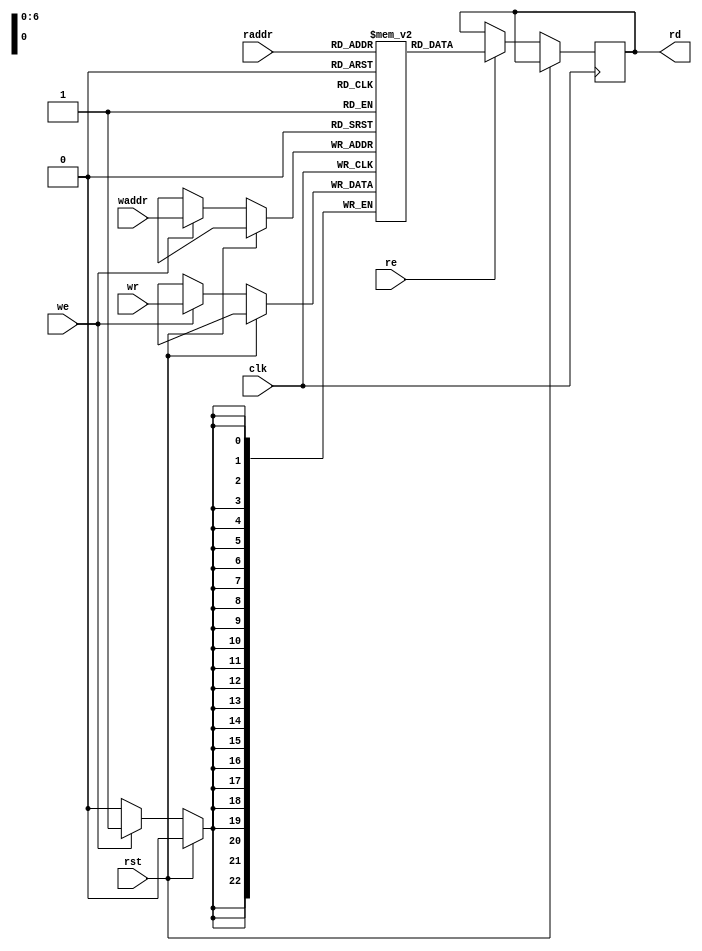
// This program was cloned from: https://github.com/zephray/RISu064
// License: MIT License

`timescale 1ns / 1ps
`default_nettype none
//
// RISu64
// Copyright 2022 Wenting Zhang
//
// Permission is hereby granted, free of charge, to any person obtaining a copy
// of this software and associated documentation files (the "Software"), to deal
// in the Software without restriction, including without limitation the rights
// to use, copy, modify, merge, publish, distribute, sublicense, and/or sell
// copies of the Software, and to permit persons to whom the Software is
// furnished to do so, subject to the following conditions:
//
// The above copyright notice and this permission notice shall be included in
// all copies or substantial portions of the Software.
//
// THE SOFTWARE IS PROVIDED "AS IS", WITHOUT WARRANTY OF ANY KIND, EXPRESS OR
// IMPLIED, INCLUDING BUT NOT LIMITED TO THE WARRANTIES OF MERCHANTABILITY,
// FITNESS FOR A PARTICULAR PURPOSE AND NONINFRINGEMENT. IN NO EVENT SHALL THE
// AUTHORS OR COPYRIGHT HOLDERS BE LIABLE FOR ANY CLAIM, DAMAGES OR OTHER
// LIABILITY, WHETHER IN AN ACTION OF CONTRACT, TORT OR OTHERWISE, ARISING FROM,
// OUT OF OR IN CONNECTION WITH THE SOFTWARE OR THE USE OR OTHER DEALINGS IN THE
// SOFTWARE.
//
module ram_128_23(
    input wire clk,
    input wire rst,
    // Read port
    input wire [6:0] raddr,
    output wire [22:0] rd,
    input wire re,
    // Write port
    input wire [6:0] waddr,
    input wire [22:0] wr,
    input wire we
);

`ifdef SKY130
    /*sky130_sram_1r1w_24x128 mem(
        .clk0(clk),
        .csb0(!we),
        .addr0(waddr),
        .din0(wr),
        .clk1(clk),
        .csb1(!re),
        .addr1(raddr),
        .dout1(rd)
    );*/

    // Use provided 32x256 macro
    wire [31:0] sram_rd;
    wire [31:0] sram_wr;
    sky130_sram_1kbyte_1rw1r_32x256_8 mem(
        .clk0(clk),
        .csb0(!we),
        .web0(!we),
        .wmask0(4'hF),
        .addr0({1'b0, waddr}),
        .din0(sram_wr),
        .dout0(),
        .clk1(clk),
        .csb1(!re),
        .addr1({1'b0, raddr}),
        .dout1(sram_rd)
    );
    assign rd = sram_rd[22:0];
    assign sram_wr = {9'd0, wr};
`else
    reg [22:0] mem [0:127];
    reg [22:0] rd_reg;

    always @(posedge clk) begin
        if (!rst) begin
            if (we) begin
                mem[waddr] <= wr;
            end
            
            if (re) begin
                rd_reg <= mem[raddr];
            end
        end
    end

    assign rd = rd_reg;
`endif

endmodule